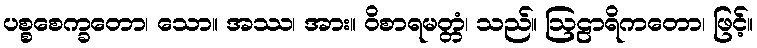
ပစ္စစေက္ခတော၊ သော။ အဿ၊ အား။ ဝိစာရမတ္တံ၊ သည်။ ဩဠာရိကတော၊ ဖြင့်။